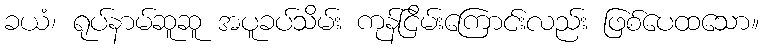
ခယံ၊ ရုပ်နာမ်ဆူဆူ အပူခပ်သိမ်း ကုန်ငြိမ်းကြောင်းလည်း ဖြစ်ပေထသော။